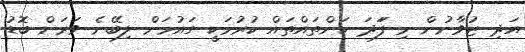
އަދި ޒުވާނުން މި ފަަދަ ކަންތައްތައް ކުރުމަކީ ގައުމަށް ލިބޭނެ ވަރަށް ބޮޑު